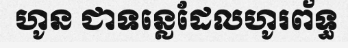
ហូន ជាទន្លេដែលហូរព័ទ្ធ